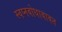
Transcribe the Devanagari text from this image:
स्वप्नबोधाबाबत